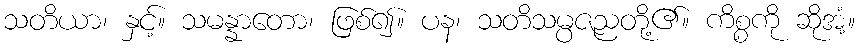
သတိယာ၊ နှင့်။ သမန္နာတော၊ ဖြစ်၍။ ပန၊ သတိသမ္ပဇညတို့၏။ ကိစ္စကို ဆိုအံ့။